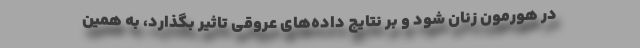
در هورمون زنان شود و بر نتایج داده‌های عروقی تاثیر بگذارد، به همین